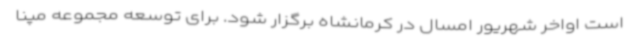
است اواخر شهریور امسال در کرمانشاه برگزار شود. برای توسعه مجموعه مپنا